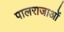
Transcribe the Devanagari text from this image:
पालराजाओं